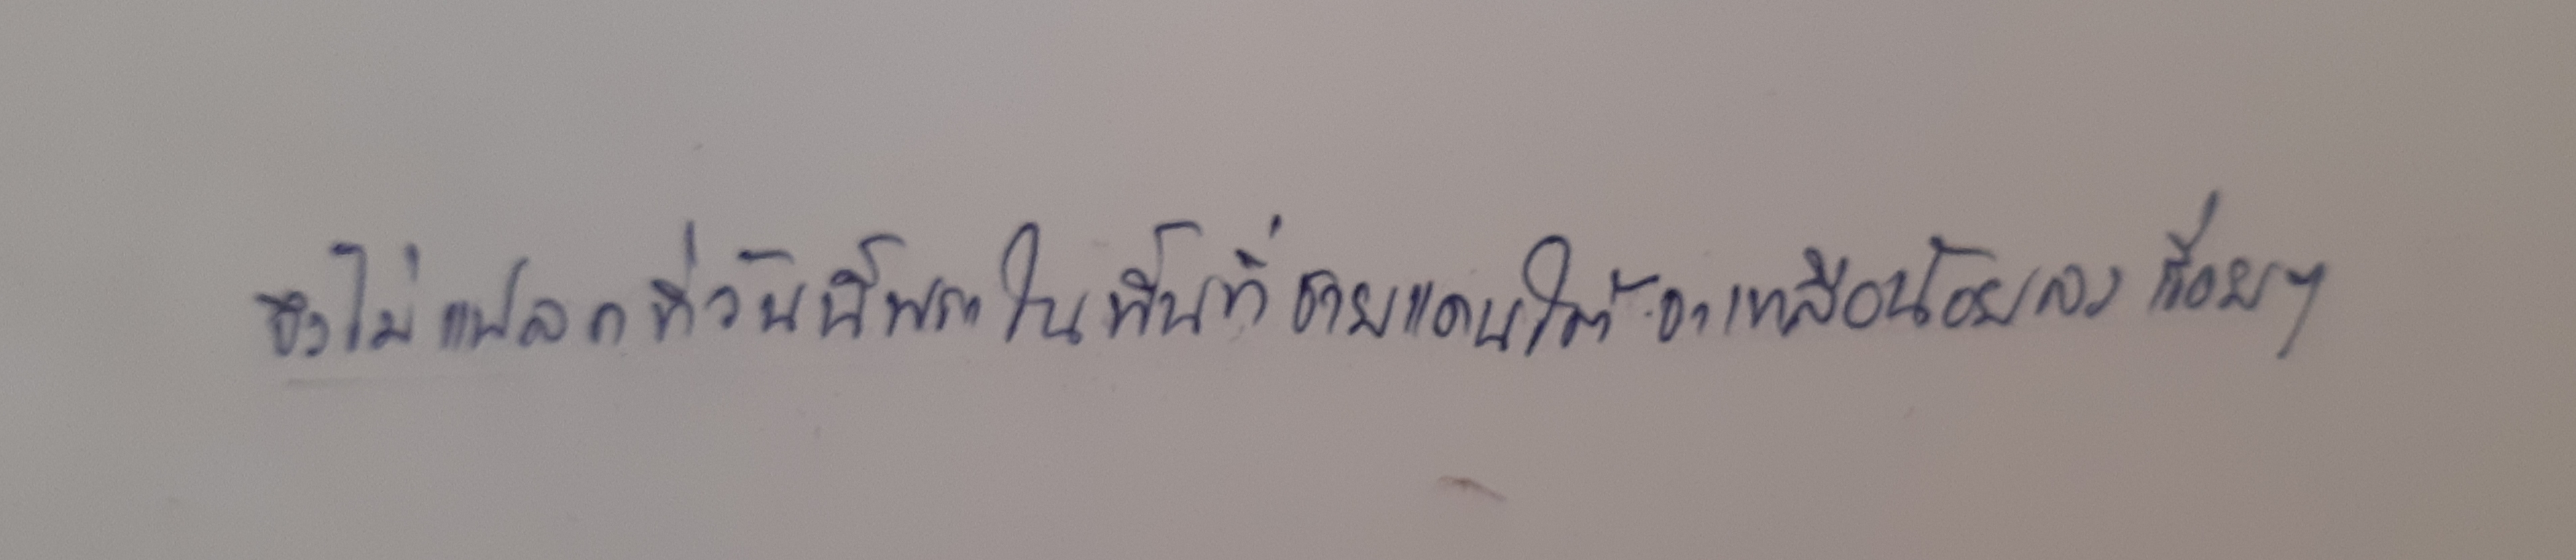
จึงไม่แปลกที่วันนี้พระในพื้นที่ชายแดนใต้จะเหลือน้อยลงเรื่อยๆ"